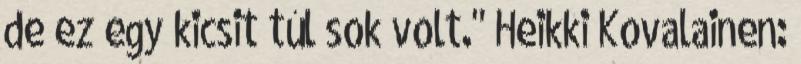
de ez egy kicsit túl sok volt." Heikki Kovalainen: